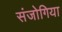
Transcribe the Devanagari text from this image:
संजोगिया